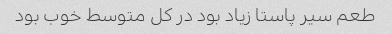
طعم سیر پاستا زیاد بود در کل متوسط خوب بود